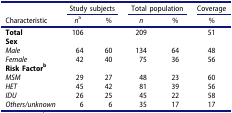
<table><thead><tr><td><b> </b></td><td colspan="2"><b>Study subjects</b></td><td colspan="2"><b>Total population</b></td><td><b>Coverage</b></td></tr><tr><td><b>Characteristic</b></td><td><b><i>n</i><sup>a</sup></b></td><td><b>%</b></td><td><b><i>n</i></b></td><td><b>%</b></td><td><b>%</b></td></tr></thead><tbody><tr><td><b>Total</b></td><td>106</td><td> </td><td>209</td><td> </td><td>51</td></tr><tr><td><b>Sex</b></td><td> </td><td> </td><td> </td><td> </td><td> </td></tr><tr><td><i>Male</i></td><td>64</td><td>60</td><td>134</td><td>64</td><td>48</td></tr><tr><td><i>Female</i></td><td>42</td><td>40</td><td>75</td><td>36</td><td>56</td></tr><tr><td><b>Risk Factor<sup>b</sup></b></td><td> </td><td> </td><td> </td><td> </td><td> </td></tr><tr><td><i>MSM</i></td><td>29</td><td>27</td><td>48</td><td>23</td><td>60</td></tr><tr><td><i>HET</i></td><td>45</td><td>42</td><td>81</td><td>39</td><td>56</td></tr><tr><td><i>IDU</i></td><td>26</td><td>25</td><td>45</td><td>22</td><td>58</td></tr><tr><td><i>Others/unknown</i></td><td>6</td><td>6</td><td>35</td><td>17</td><td>17</td></tr></tbody></table>